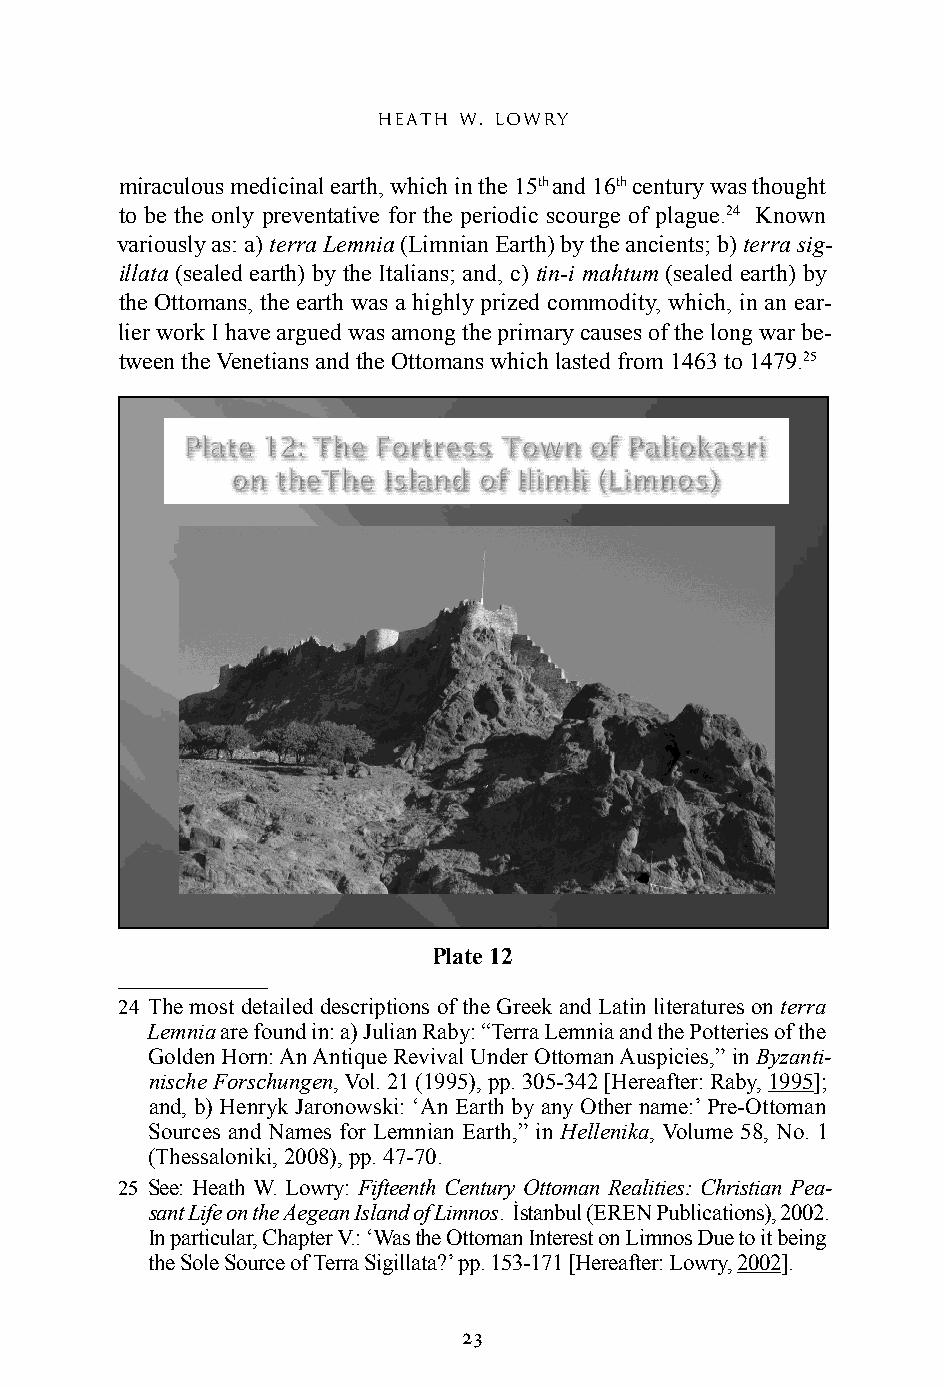
heath w. lowry
 miraculous medicinal earth, which in the 15th and 16th century was thought
 to be the only preventative for the periodic scourge of plague.24 Known
 variously as: a) terra Lemnia (Limnian Earth) by the ancients; b) terra sig-
 illata (sealed earth) by the Italians; and, c) tin-i mahtum (sealed earth) by
 the Ottomans, the earth was a highly prized commodity, which, in an ear-
 lier work I have argued was among the primary causes of the long war be-
 tween the Venetians and the Ottomans which lasted from 1463 to 1479.25
 Plate 12
 24 The most detailed descriptions of the Greek and Latin literatures on terra
 Lemnia are found in: a) Julian Raby: “Terra Lemnia and the Potteries of the
 Golden Horn: An Antique Revival Under Ottoman Auspicies,” in Byzanti-
 nische Forschungen, Vol. 21 (1995), pp. 305-342 [Hereafter: Raby, 1995];
 and, b) Henryk Jaronowski: ‘An Earth by any Other name:’ Pre-Ottoman
 Sources and Names for Lemnian Earth,” in Hellenika, Volume 58, No. 1
 (Thessaloniki, 2008), pp. 47-70.
 25 See: Heath W. Lowry: Fifteenth Century Ottoman Realities: Christian Pea-
 sant Life on the Aegean Island of Limnos. İstanbul (EREN Publications), 2002.
 In particular, Chapter V.: ‘Was the Ottoman Interest on Limnos Due to it being
 the Sole Source of Terra Sigillata?’ pp. 153-171 [Hereafter: Lowry, 2002].
 23